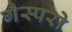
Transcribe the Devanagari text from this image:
गैस्परो